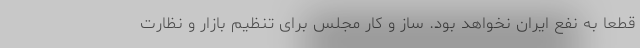
قطعا به نفع ایران نخواهد بود. ساز و کار مجلس برای تنظیم بازار و نظارت